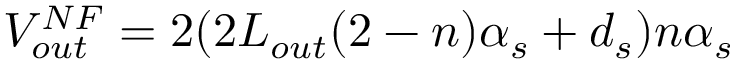
V _ { o u t } ^ { N F } = 2 ( 2 L _ { o u t } ( 2 - n ) \alpha _ { s } + d _ { s } ) n \alpha _ { s }